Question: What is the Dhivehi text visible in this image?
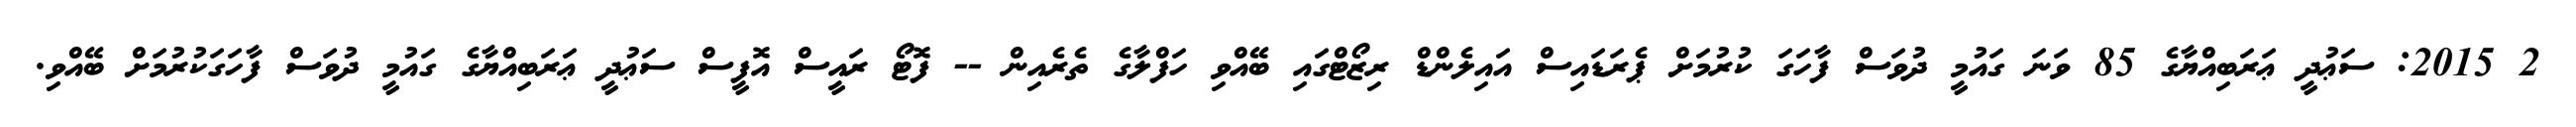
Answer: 2 2015: ސަޢުދީ ޢަރަބިއްޔާގެ 85 ވަނަ ގައުމީ ދުވަސް ފާހަގަ ކުރުމަށް ޕެރަޑައިސް އައިލެންޑް ރިޒޯޓްގައި ބޭއްވި ހަފްލާގެ ތެރެއިން -- ފޮޓޯ ރައީސް އޮފީސް ސަޢުދީ ޢަރަބިއްޔާގެ ގައުމީ ދުވަސް ފާހަގަކުރުމަށް ބޭއްވި.